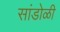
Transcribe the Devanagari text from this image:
सांडोळी